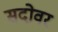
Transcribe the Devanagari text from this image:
सदोवर